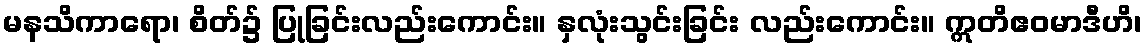
မနသိကာရော၊ စိတ်၌ ပြုခြင်းလည်းကောင်း။ နှလုံးသွင်းခြင်း လည်းကောင်း။ ဣတိဧဝမာဒီဟိ၊